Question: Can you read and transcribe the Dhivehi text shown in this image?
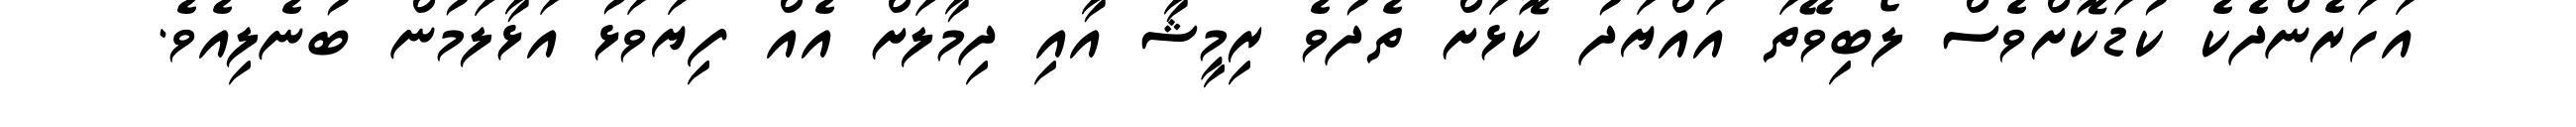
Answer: އަހަރެންދެކެ ކުޑަކޮށްވެސް ލޯބިވޭތަ އައްޔަދު ކޮޅަށް ތެދުވެ ރިމީޝާ އާއި ދިމާލަށް އެއް ފިޔަވަޅު އަޅާލަމުން ބުނެލިއެވެ.